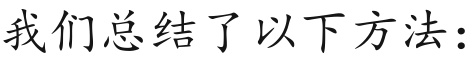
我们总结了以下方法：